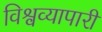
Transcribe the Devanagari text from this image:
विश्वव्यापारी